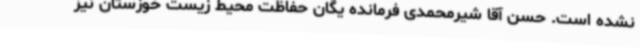
نشده است. حسن آقا شیرمحمدی فرمانده یگان حفاظت محیط زیست خوزستان نیز